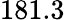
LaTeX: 181.3